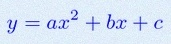
y=ax^2+bx+c